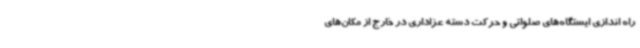
راه اندازی ایستگاه‌های صلواتی و حرکت دسته عزاداری در خارج از مکان‌های